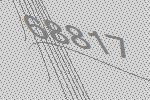
68817